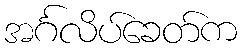
အင်္ဂလိပ်ခေတ်က